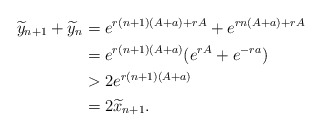
\begin{align*}\widetilde y_{n+1} + \widetilde y_n& = e^{r(n+1)(A+a)+rA}+e^{rn(A+a)+rA} \\& = e^{r(n+1)(A+a)}(e^{rA}+e^{-ra}) \\& > 2e^{r(n+1)(A+a)} \\& = 2 \widetilde x_{n+1}.\end{align*}